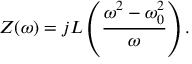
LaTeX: Z ( \omega ) = j L \left( { \frac { \omega ^ { 2 } - \omega _ { 0 } ^ { 2 } } { \omega } } \right) .